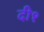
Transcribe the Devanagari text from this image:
दी१